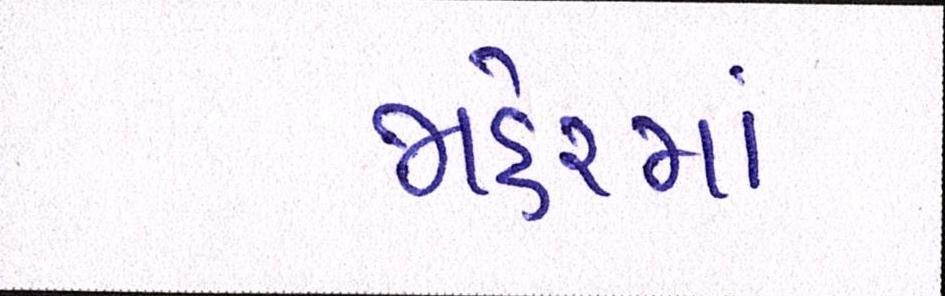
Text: જાહેરમાં